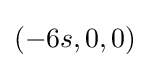
(-6s,0,0)